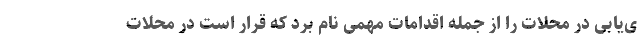
ی‌یابی در محلات را از جمله اقدامات مهمی نام برد که قرار است در محلات